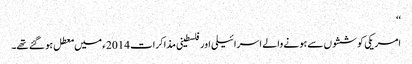
‘‘
امریکی کوششوں سے ہونے والے اسرائیلی اور فلسطینی مذاکرات 2014ء میں معطل ہو گئے تھے۔